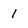
Character: 1